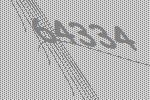
64334